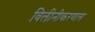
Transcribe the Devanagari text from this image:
विलीनीकरणास